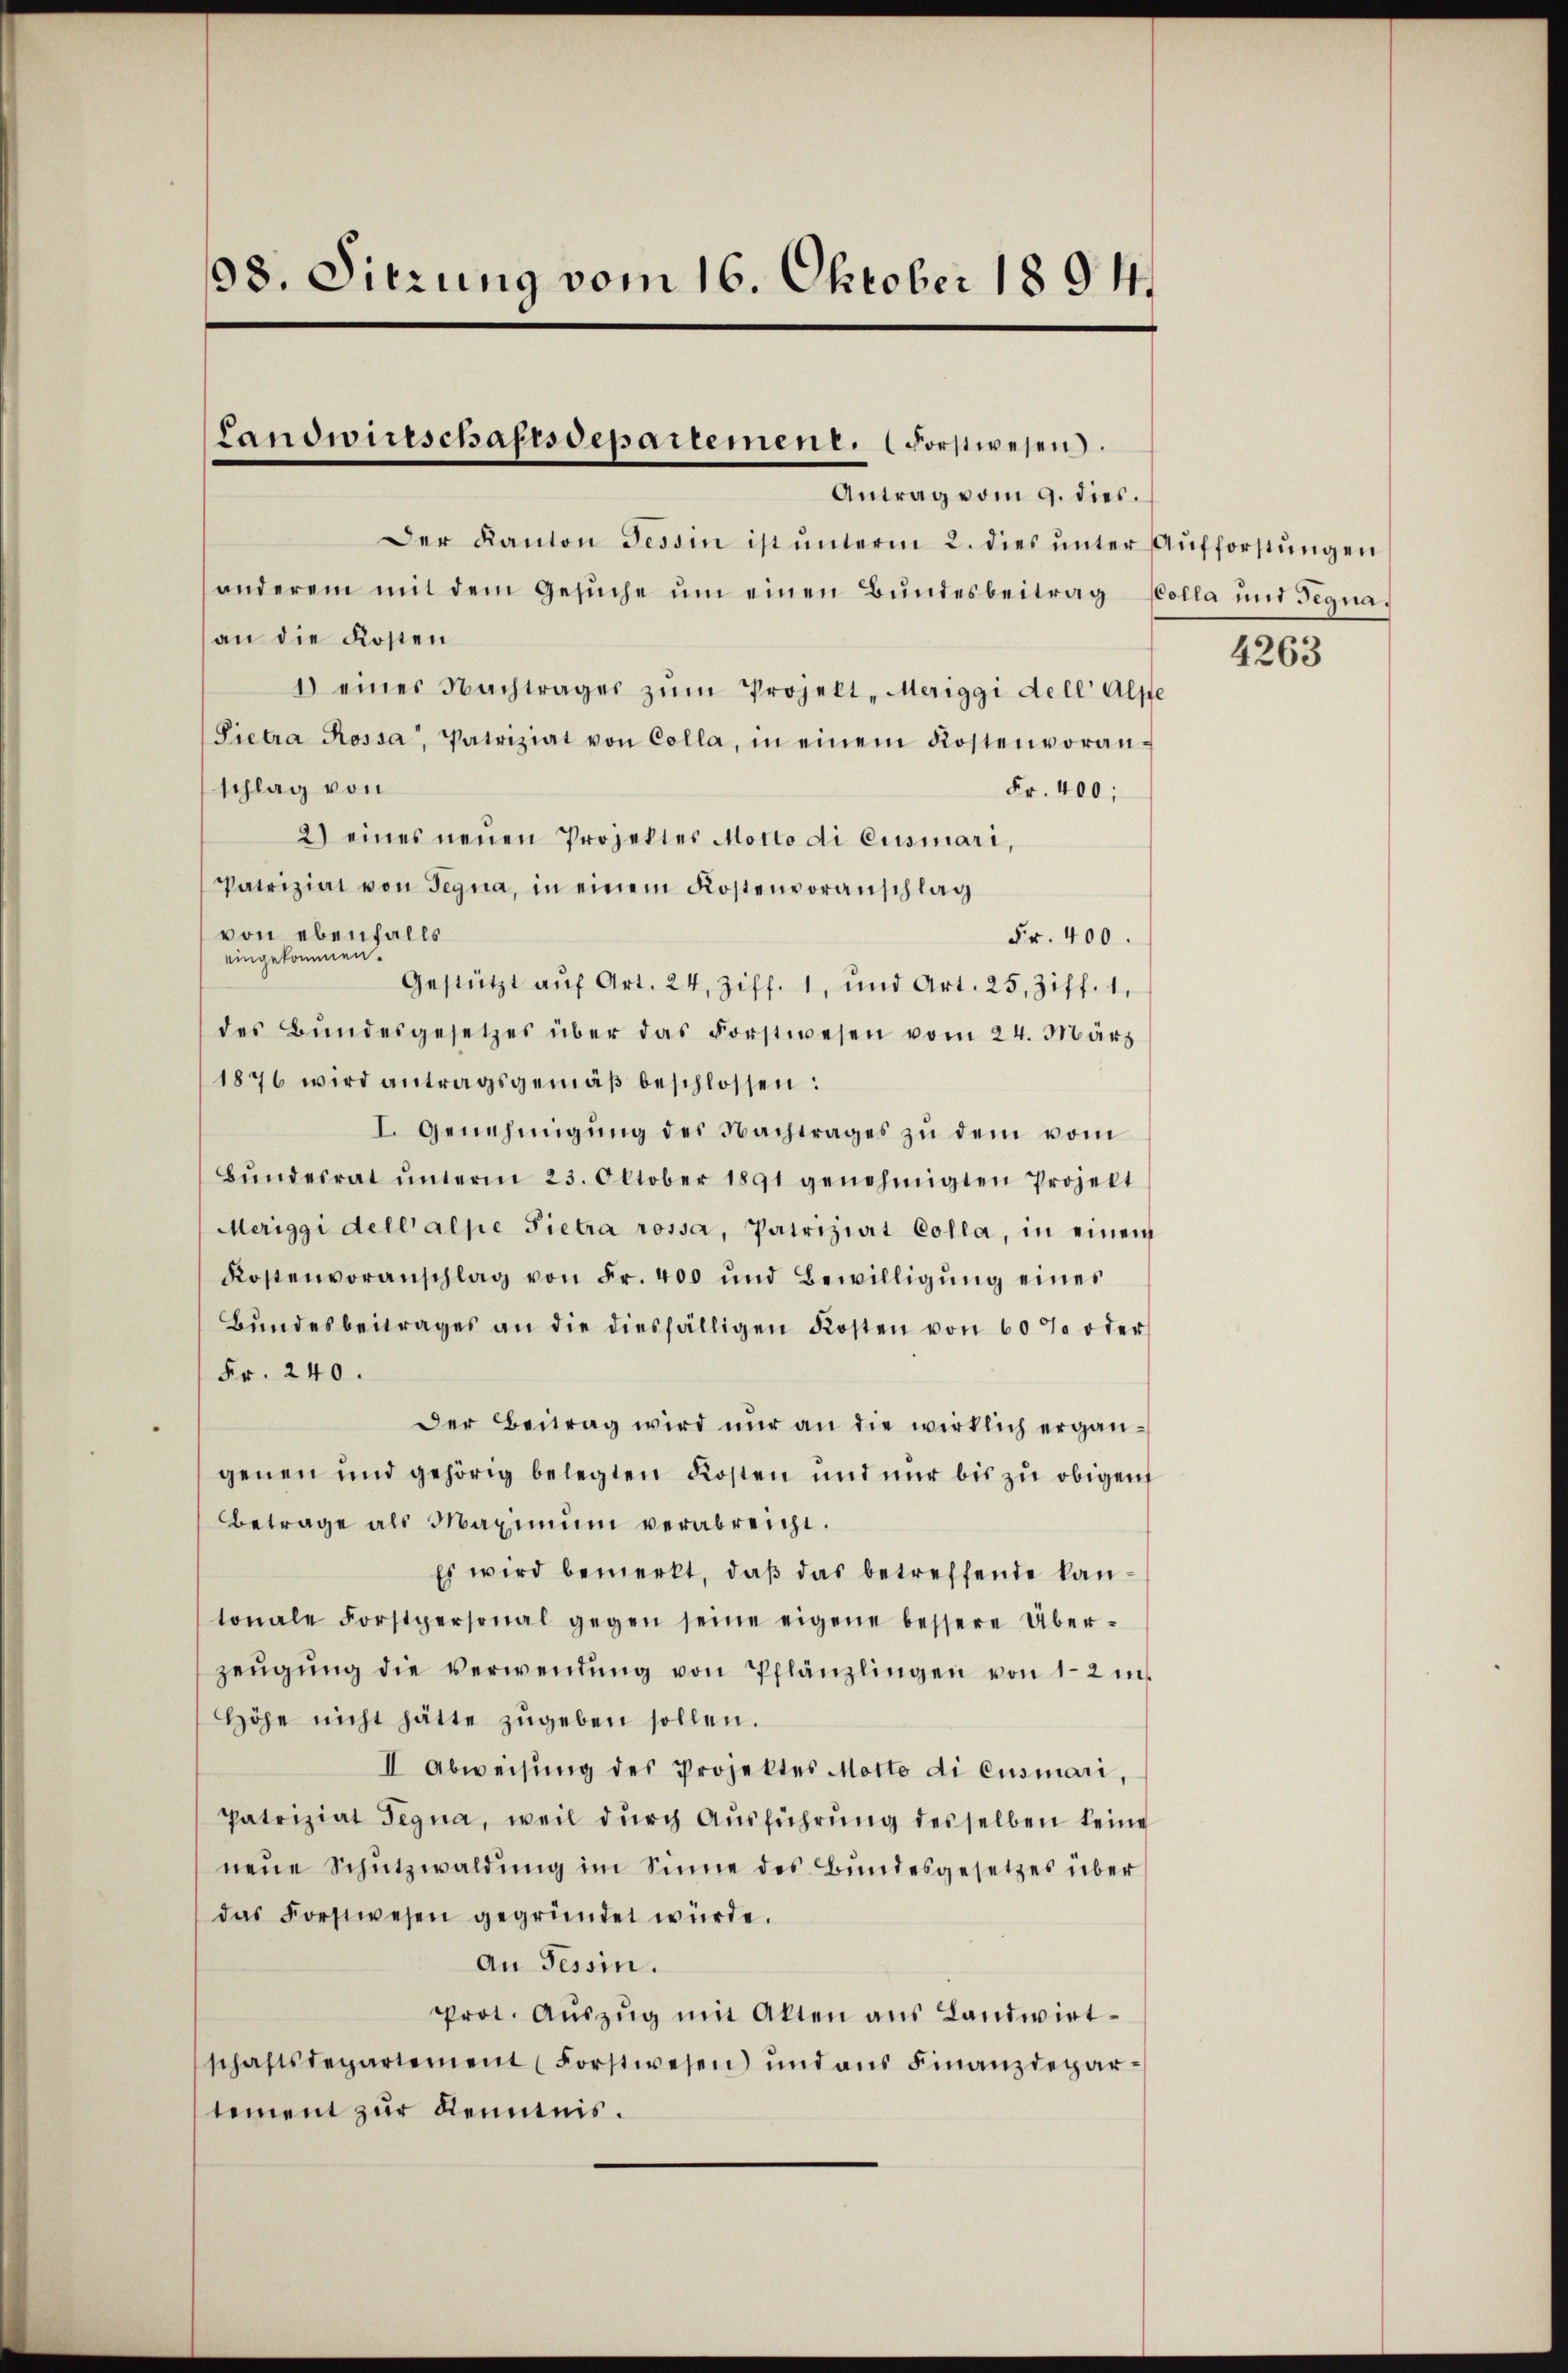
38. Sitzung vom 16. Oktober 1894.

Landwirtschaftsdepartement. (Forstwesen.
Antrag vom 9. dies.

Der Kanton Tessin ist ŭnterm 2. dies ŭnter Aŭfforstŭngen
anderem mit dem Gesuche um einen Bundesbeitrag Kolla und Tegnaan die Kosten
1) eines Nachtrages zŭm Projekt Meriggi dell’ Alste
Pietra Rossa, Patriziat von Colla, in einem Kostenvoran-
schlag von
Fr. 400;
2) eines neuen Projektes Motto di Eusmari,
Patrizial von Segna, in einem Kostenvoranschlag
von ebenfalls
Fr. 400.
eingekommen.
Gestützt aŭf Art. 24, Ziff. 1, und Art. 25, Ziff. 1.
des Bŭndesgesetzes über das Forstwesen vom 24. März
1876 wird antragsgemäβ beschlossen:
I. Genehmigŭng des Nachtrages zu dem vom
Bŭndesrat ŭnterm 23. Oktober 1891 genehmigten Projekt
Meriggi dell’alpe Pietra rossa, Patriziat Colla, in einem
Kostenvoranschlag von Fr. 400 und Bewilligŭng eines
Bŭndesbeitrages an die diesfälligen Kosten von 60% oder
Fr. 240.
Der Beitrag wird nur an die wirklich ergängenen und gehörig belegten Kosten und nur bis zu obigen
Betrage als Maximŭm verabreicht.
Es wird bemerkt, daß das betreffende kantonale Forstpersonal gegen seine eigene bessere Über-
zeŭgŭng die Verwendŭng von Pflänzlingen von 1-2 in
Höhe nicht hätte zŭgeben sollen.
II Abweisung des Projektes Motto di cusmari,
Patriziat Segna, weil durch Ausführung desselben keine
neŭe Schŭtzwaldŭng im Sinne des Bundesgesetzes über
das Forstwesen gegründet würde.
An Tessin.
Prot. Aŭszŭg mit Akten ans Landwirt-
schaftsdepartement (Forstwesen und aŭs Finanzdepartement zur Kenntnis.

4263